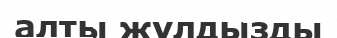
алты жұлдызды